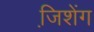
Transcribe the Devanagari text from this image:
जि़शेंग